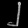
Digit: ၂